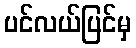
ပင်လယ်ပြင်မှ